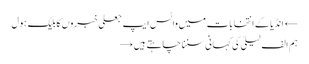
← انڈیا کے انتخابات میں واٹس ایپ جعلی خبروں کا بلیک ہول
ہم الف لیلیٰ کی کہانی سننا چاہتے ہیں →